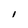
Character: 1